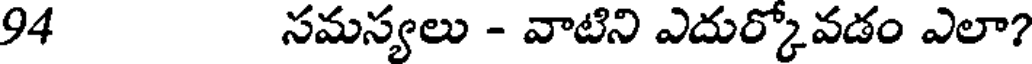
94 సమస్యలు - వాటిని ఎదుర్కోవడం ఎలా?